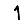
Digit: 1